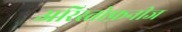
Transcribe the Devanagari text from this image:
अरिस्तोफ़नीज